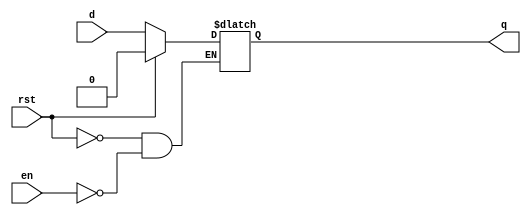
module DLatch (
    input en, d, rst,
    output reg q
);

    always @ (en or d or rst)
        if (rst)
            q <= 0;
        else
            if (en)
                q <= d;
            else
                q <= q;

endmodule